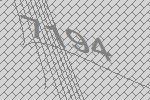
7194